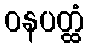
ဝနပတ္ထံ